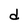
Character: d